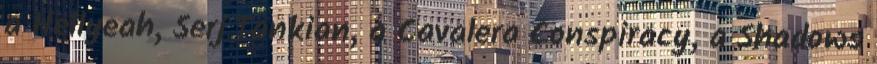
a Hellyeah, Serj Tankian, a Cavalera Conspiracy, a Shadows